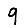
Digit: 9